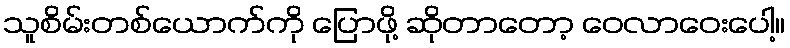
သူစိမ်းတစ်ယောက်ကို ပြောဖို့ ဆိုတာတော့ ဝေလာဝေးပေါ့။